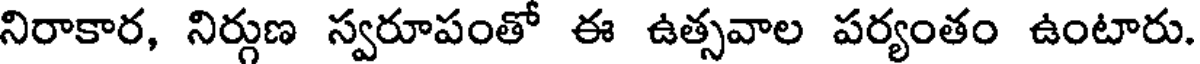
నిరాకార, నిర్గుణ స్వరూపంతో ఈ ఉత్సవాల పర్యంతం ఉంటారు.